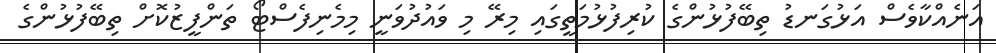
އަނެއްކާވެސް އަޅުގަނޑު ތިބޭފުޅުންގެ ކުރިފުޅުމަތީގައި މިރޭ މި ވައުދުވަނީ މިމެނިފެސްޓޯ ތަންފީޒުކޮށް ތިބޭފުޅުންގެ